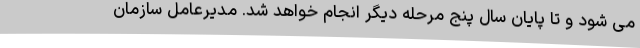
می شود و تا پایان سال پنج مرحله دیگر انجام خواهد شد. مدیرعامل سازمان